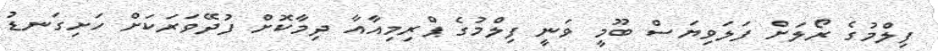
ފިލްމުގެ ރޯލަށް ފަލަވިޔަސް ބޫމީ ވަނީ ފިލްމުގެ ޕްރިމިއާއާ ދިމާކޮށް ފުދޭވަރަކަށް ހަށިގަނޑު